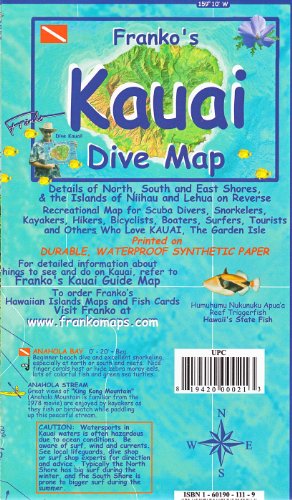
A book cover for Franko's Kauai Dive Map; Frank Nielsen; Sports & Outdoors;